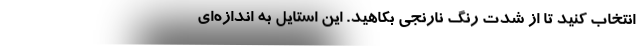
انتخاب کنید تا از شدت رنگ نارنجی بکاهید. این استایل به اندازه‌ای